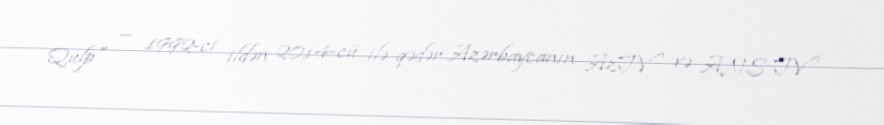
Qulp" — 1992-ci ildən 2014-cü ilə qədər Azərbaycanın AzTV və ANS TV